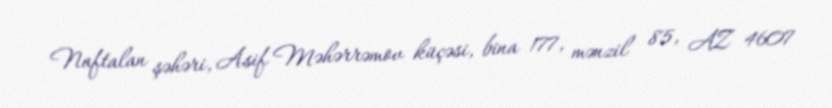
Naftalan şəhəri, Asif Məhərrəmov küçəsi, bina 177, mənzil 85, AZ 4607